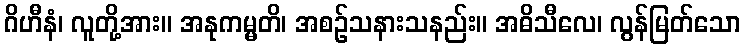
ဂိဟီနံ၊ လူတို့အား။ အနုကမ္မတိ၊ အစဉ်သနားသနည်း။ အဓိသီလေ၊ လွန်မြတ်သော